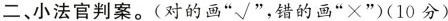
二、小法官判案。(对的画”√”，错的画”×”)(10分)